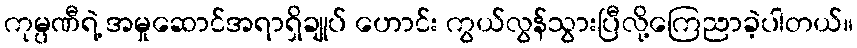
ကုမ္ပဏီရဲ့ အမှုဆောင်အရာရှိချုပ် ဟောင်း ကွယ်လွန်သွားပြီလို့ကြေညာခဲ့ပါတယ်။